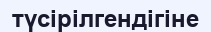
түсірілгендігіне